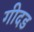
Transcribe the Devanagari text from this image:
गीदड